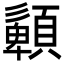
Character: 𩔹